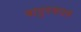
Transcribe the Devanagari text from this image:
वायुदलातले